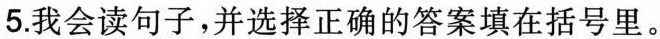
5.我会读句子，并选择正确的答案填在括号里。